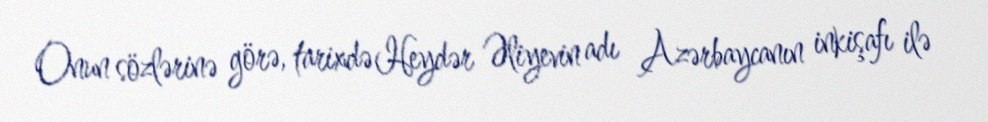
Onun sözlərinə görə, tarixdə Heydər Əliyevin adı Azərbaycanın inkişafı ilə